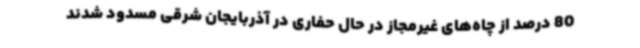
80 درصد از چاه‌های غیرمجاز در حال حفاری در آذربایجان شرقی مسدود شدند